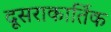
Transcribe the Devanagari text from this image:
दूसराकार्तिक